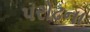
પરોઢના